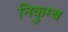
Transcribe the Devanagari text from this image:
निकुम्ब